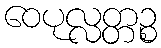
ဝေပုလ္လတ္တဉ္စ